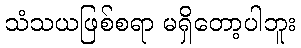
သံသယဖြစ်စရာ မရှိတော့ပါဘူး